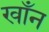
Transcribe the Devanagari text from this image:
खाँन